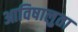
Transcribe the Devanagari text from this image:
आविषालुता